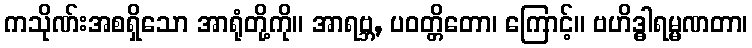
ကသိုဏ်းအစရှိသော အာရုံတို့ကို။ အာရဗ္ဘ, ပဝတ္တိတော၊ ကြောင့်။ ဗဟိဒ္ဓါရမ္မဏတာ၊